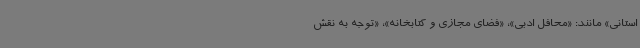
استانی» مانند: «محافل ادبی»، «فضای مجازی و کتابخانه»، «توجه به نقش